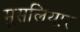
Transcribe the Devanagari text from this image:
मुसलियार